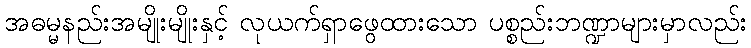
အဓမ္မနည်းအမျိုးမျိုးနှင့် လုယက်ရှာဖွေထားသော ပစ္စည်းဘဏ္ဍာများမှာလည်း